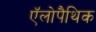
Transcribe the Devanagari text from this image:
ऍलोपैथिक